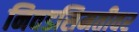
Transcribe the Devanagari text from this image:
निवडसिमतीवर